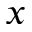
x